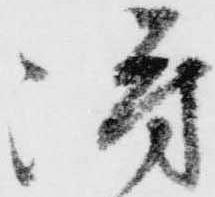
得